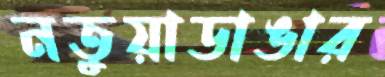
নতুয়াডাঙার